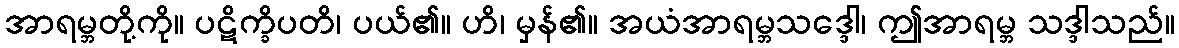
အာရမ္ဘတို့ကို။ ပဋိက္ခိပတိ၊ ပယ်၏။ ဟိ၊ မှန်၏။ အယံအာရမ္ဘသဒ္ဒေါ၊ ဤအာရမ္ဘ သဒ္ဒါသည်။